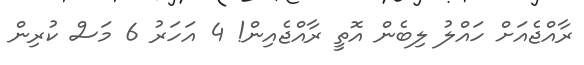
ރާއްޖެއަށް ހައްލު ލިބެން އޮތީ ރާއްޖެއިން! 4 އަހަރު 6 މަސް ކުރިން